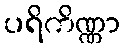
ပရိကိဏ္ဏာ